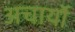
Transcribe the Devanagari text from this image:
अचार्यो